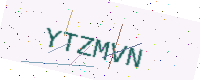
Text: YTZMVN